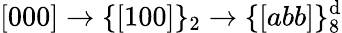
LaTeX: [000]\rightarrow\{ [100]\} _{2}\rightarrow\{ [abb]\} _{8}^{\mathrm{d}}